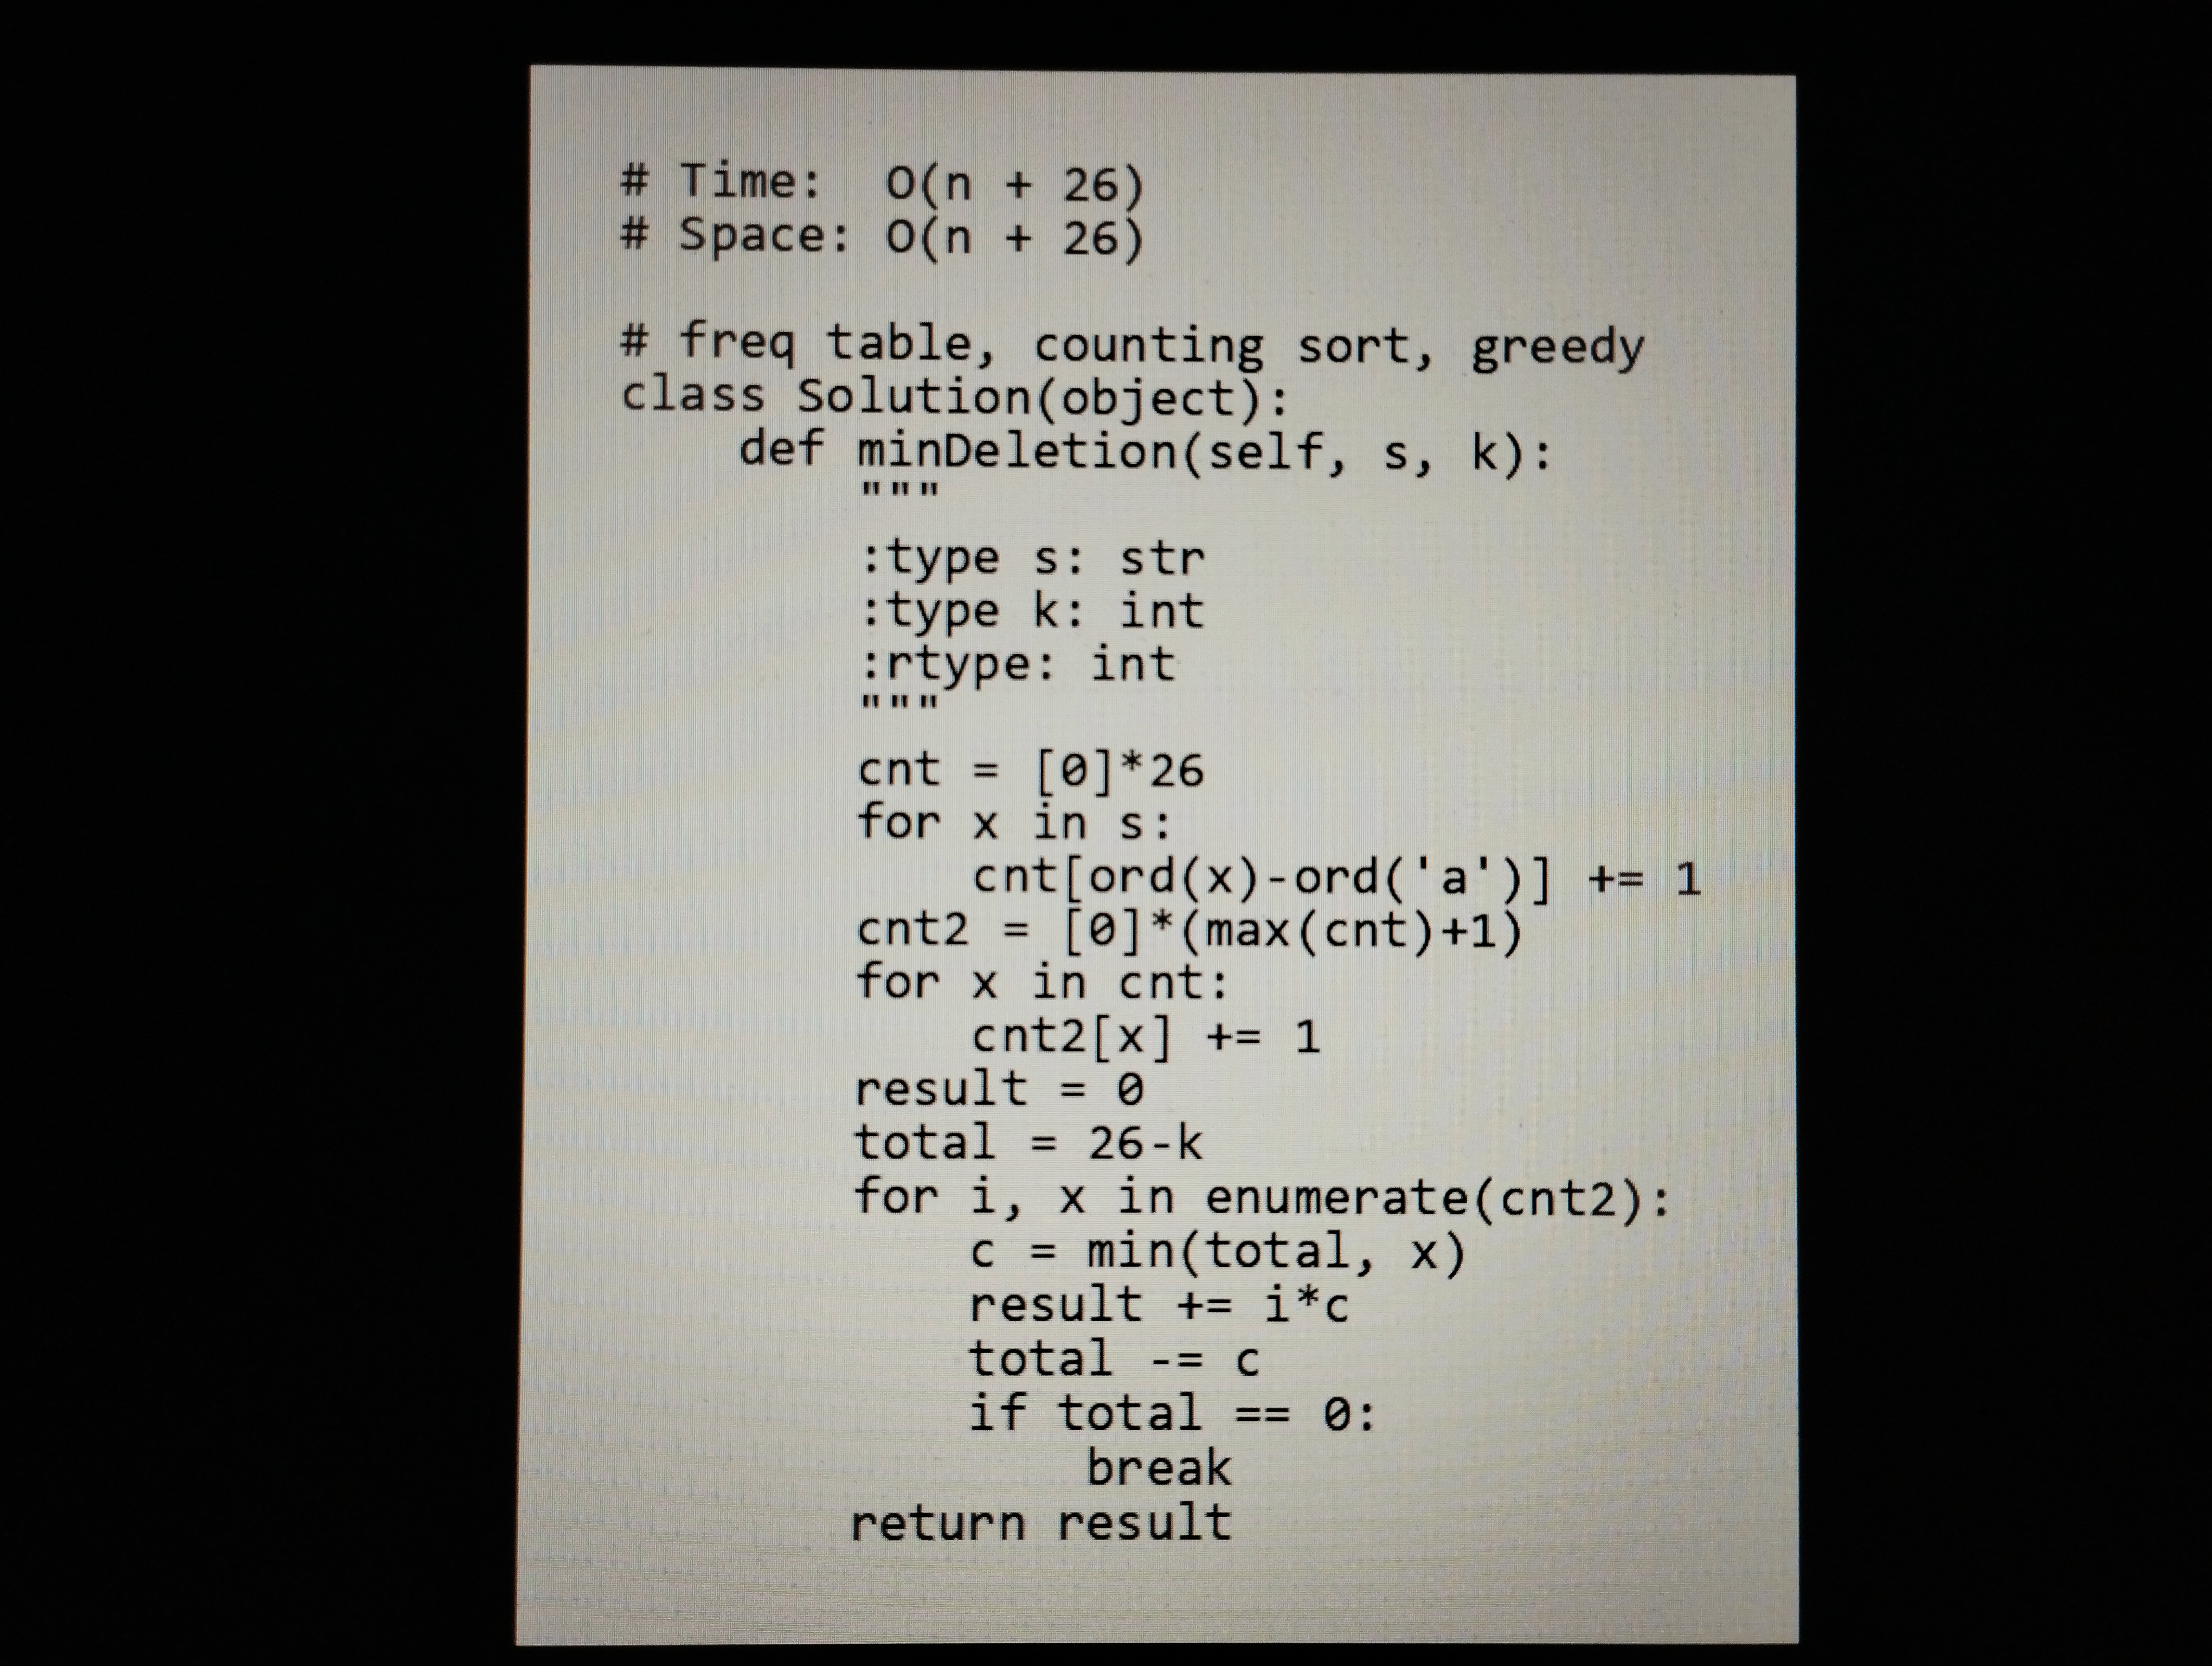
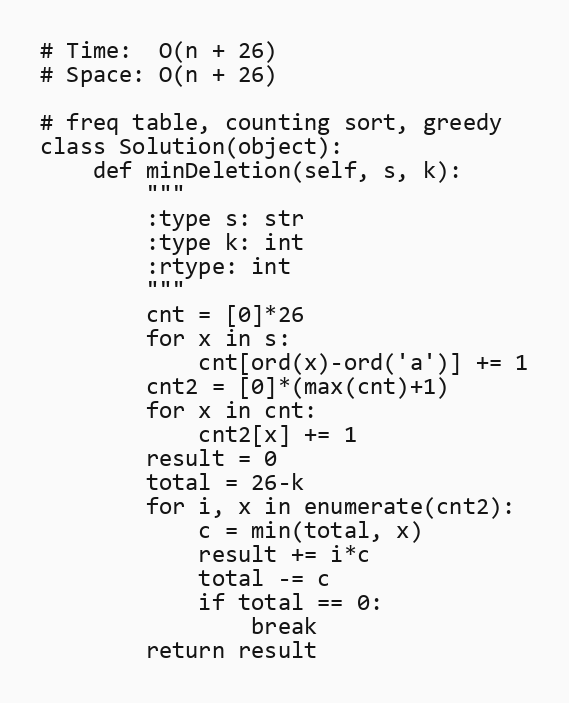
# Time:  O(n + 26)
# Space: O(n + 26)

# freq table, counting sort, greedy
class Solution(object):
    def minDeletion(self, s, k):
        """
        :type s: str
        :type k: int
        :rtype: int
        """
        cnt = [0]*26
        for x in s:
            cnt[ord(x)-ord('a')] += 1
        cnt2 = [0]*(max(cnt)+1)
        for x in cnt:
            cnt2[x] += 1
        result = 0
        total = 26-k
        for i, x in enumerate(cnt2):
            c = min(total, x)
            result += i*c
            total -= c
            if total == 0:
                break
        return result